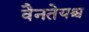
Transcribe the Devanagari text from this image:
वैनतेयश्च